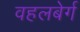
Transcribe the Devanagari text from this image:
वहलबेर्ग